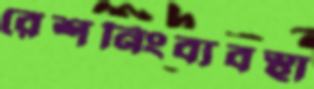
রেশনিংব্যবস্থা